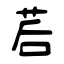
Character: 茩